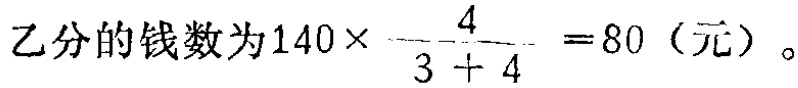
乙分的钱数为\(140\times\frac{4}{3 + 4} = 80\)（元）。